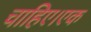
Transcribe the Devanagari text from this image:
चाहिए।एक